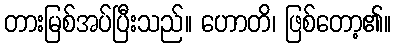
တားမြစ်အပ်ပြီးသည်။ ဟောတိ၊ ဖြစ်တော့၏။